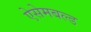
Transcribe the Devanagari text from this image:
ऐसेमबल्ड